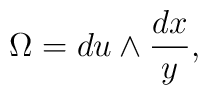
\Omega = du \wedge \frac {dx}{y},